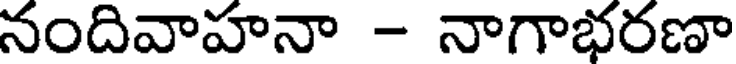
నందివాహనా - నాగాభరణా